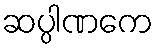
ဆပ္ပါဏကေ